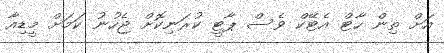
އަށް ތިން ހާޓް އެޓޭކް ވެސް ޕާޓީ ކުރަނިކޮށް ޖެހުނު ކަމަށް މީޑިއާ